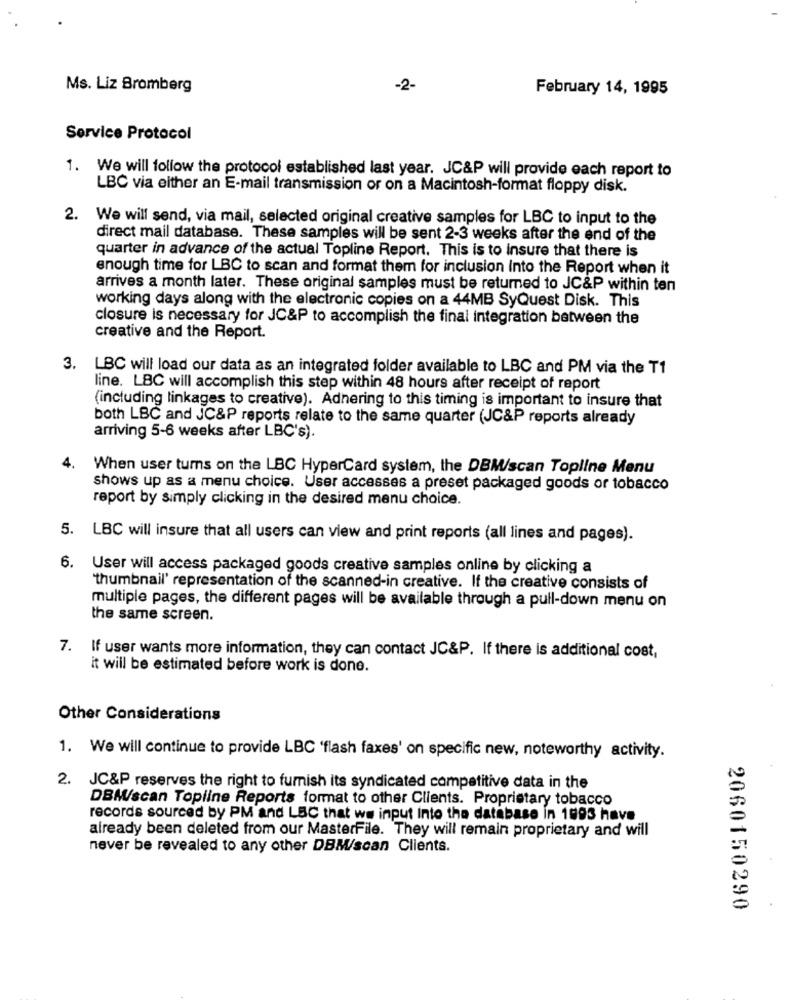
Ms. Liz Bromberg
-2-
February 14, 1995
Service Protocol
1. We will follow the protocol established last year. JC&P will provide each report to
LBC via either an E-mail transmission or on a Macintosh-format floppy disk.
2. We will send, via mail, selected original creative samples for LBC to input to the
direct mail database. These samples will be sent 2-3 weeks after the end of the
quarter in advance of the actual Topline Report. This is to insure that there is
enough time for LBC to scan and format them for inclusion Into the Report when it
arrives a month later. These original samples must be returned to JC&P within ten
working days along with the electronic copies on a 44MB SyQuest Disk. This
closure is necessary for JC&P to accomplish the final integration between the
creative and the Report.
3. LBC will load our data as an integrated folder available to LBC and PM via the T1
line. LBC will accomplish this step within 48 hours after receipt of report
(including linkages to creative). Adhering to this timing is important to insure that
both LBC and JC&P reports relate to the same quarter (JC&P reports already
arriving 5-6 weeks after LBC's).
4. When user turns on the LBC HyperCard system, the DBM/scan Topline Menu
shows up as a menu choice. User accesses a preset packaged goods or tobacco
report by simply clicking in the desired menu choice.
5. LBC will insure that all users can view and print reports (all lines and pages).
6.
User will access packaged goods creative samples online by clicking a
"thumbnail' representation of the scanned-in creative. If the creative consists of
multiple pages, the different pages will be available through a pull-down menu on
the same screen.
7. If user wants more information, they can contact JC&P. If there is additional cost,
it will be estimated before work is done.
Other Considerations
1. We will continue to provide LBC 'flash faxes' on specific new, noteworthy activity.
2. JC&P reserves the right to furnish its syndicated competitive data in the
DBM/scan Topline Reports format to other Clients. Proprietary tobacco
records sourced by PM and LBC that we input into the database in 1993 have
already been deleted from our MasterFile. They will remain proprietary and will
never be revealed to any other DBM/scan Clients.
2060150290